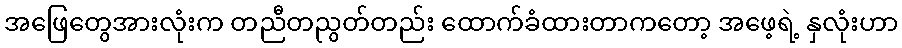
အဖြေတွေအားလုံးက တညီတညွတ်တည်း ထောက်ခံထားတာကတော့ အဖေ့ရဲ့ နှလုံးဟာ